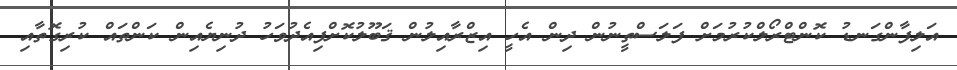
އަލިފާންގަނޑު ކޮންޓްރޯލްކުރުމަށް ފަލަސްތީނުން ދިން އެހީ އިޒްރާއިލުން ޤަބޫލުކޮށްފިއެދުވަހު ދުނިޔެއިން ކަންތައް ކުރިގޮތާއި